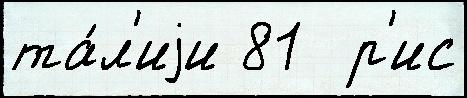
та́л'иjи 81  р'ис